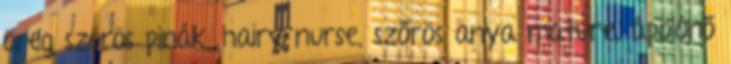
öreg szörös pinák, hairy nurse, szőrös anya mature, ápolónő